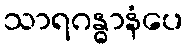
သာရဂန္ဓာနံပေ